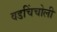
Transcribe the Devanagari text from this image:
वडचिंचोली